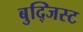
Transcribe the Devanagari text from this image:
बुद्जिस्ट